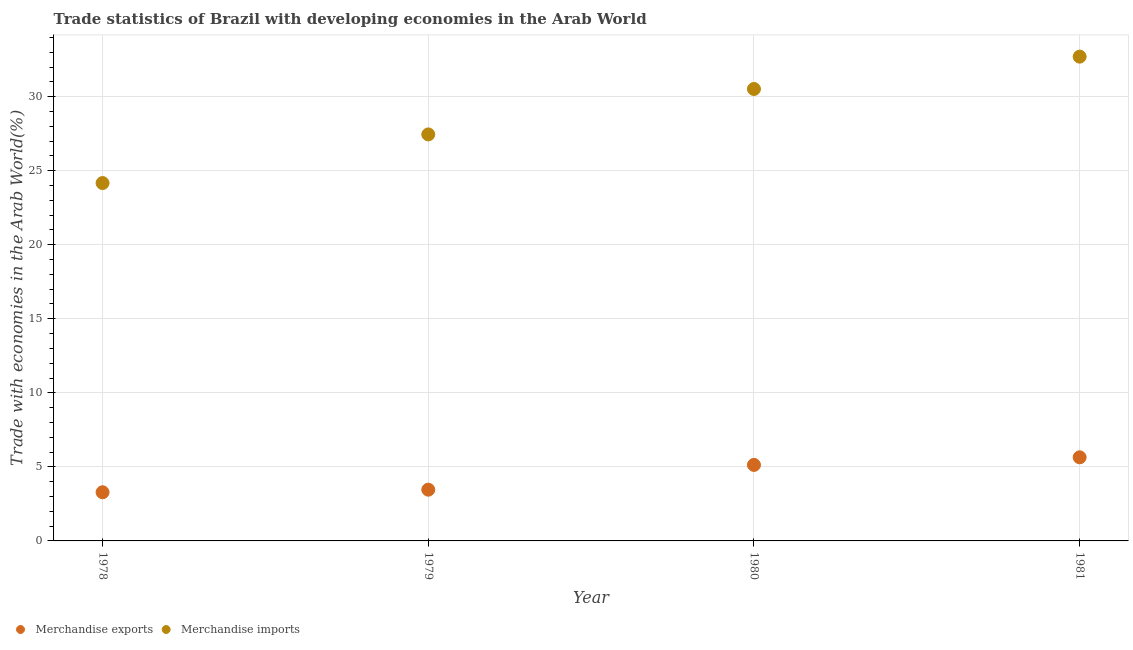
| Year | Merchandise exports | Merchandise imports |
 | --- | --- | --- |
 | 1978 | 3.29 | 24.2 |
 | 1979 | 3.46 | 27.5 |
 | 1980 | 5.13 | 30.5 |
 | 1981 | 5.65 | 32.7 |